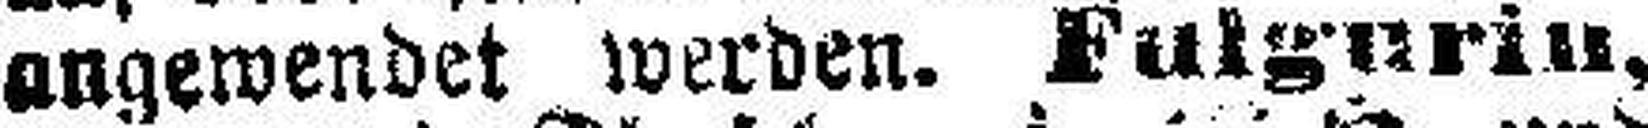
angewendet werden, Fulgurin,